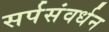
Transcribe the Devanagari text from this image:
सर्पसंवर्धन